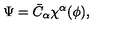
\Psi = \bar { C } _ { \alpha } \chi ^ { \alpha } ( \phi ) ,